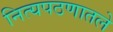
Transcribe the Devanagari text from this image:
नित्यपठणातले